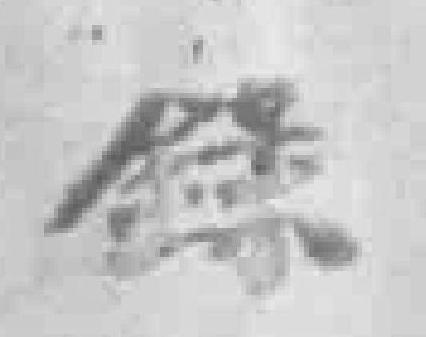
錄